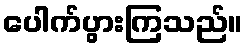
ပေါက်ပွားကြသည်။